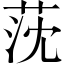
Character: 莐